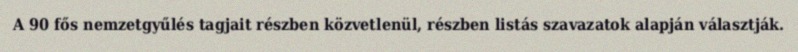
A 90 fős nemzetgyűlés tagjait részben közvetlenül, részben listás szavazatok alapján választják.